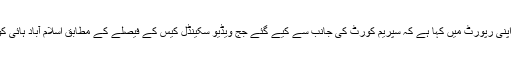
اب اس حوالے سے برطانوی نشریاتی ادارے بی بی سی نے اپنی رپورٹ میں کہا ہے کہ سپریم کورٹ کی جانب سے کیے گئے جج ویڈیو سکینڈل کیس کے فیصلے کے مطابق اسلام آباد ہائی کورٹ کے پاس نواز شریف کی سزا ختم کرنے کا اختیار ہے۔